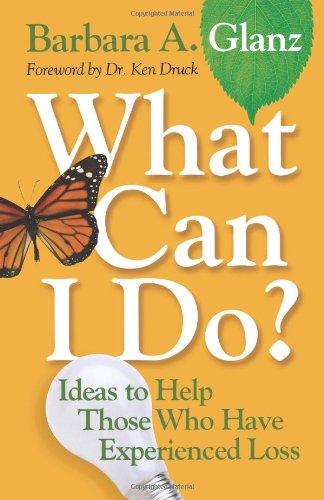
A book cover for What Can I Do?: Ideas to Help Those Who Have Experienced Loss (Lutheran Voices); Barbara A. Glanz; Christian Books & Bibles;